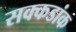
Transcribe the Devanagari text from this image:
सक्कडांक